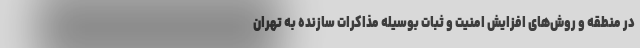
در منطقه و روش‌های افزایش امنیت و ثبات بوسیله مذاکرات سازنده به تهران